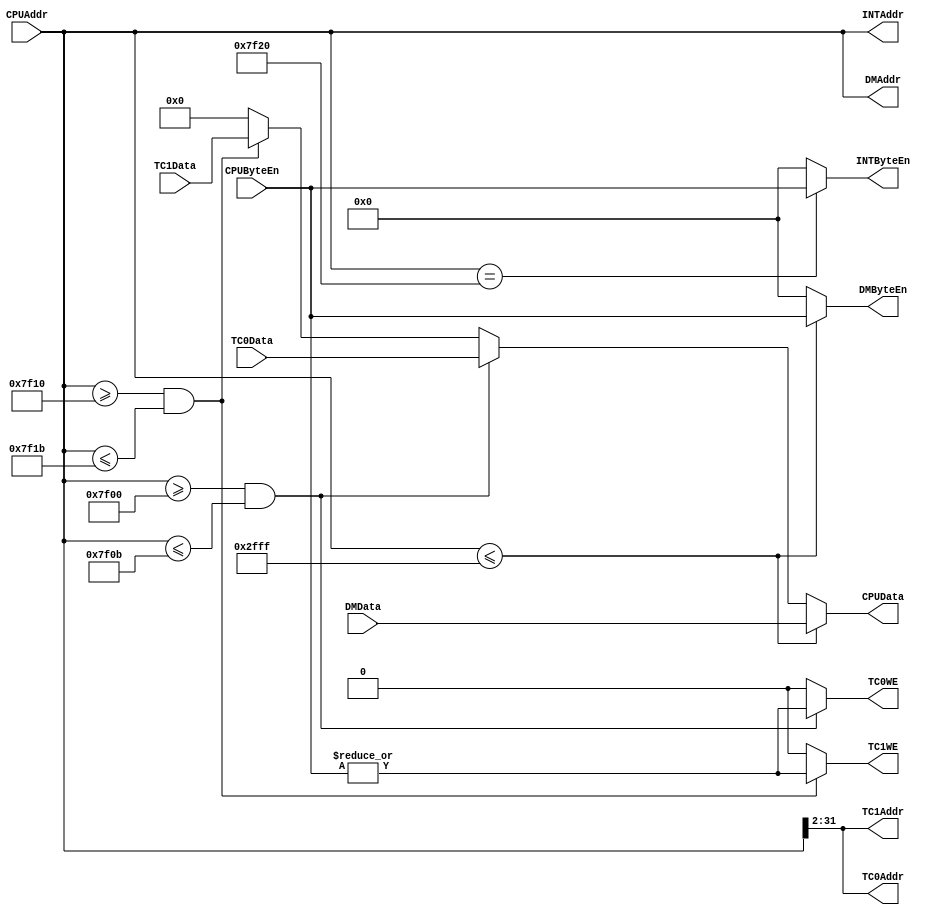
`timescale 1ns / 1ps

/*
Author: Wu Feiyang
Date: 2022/12/14
Time: 8:47
*/

module bridge(
    // CPU inputs
    input [31:0] CPUAddr,
    input [3:0] CPUByteEn,
    // DM input
    input [31:0] DMData,
    // TC inputs
    input [31:0] TC0Data,
    input [31:0] TC1Data,
    // DM outputs
    output [31:0] DMAddr,
    output [3:0] DMByteEn,
    // TC outputs
    output [31:2] TC0Addr,
    output TC0WE,
    output [31:2] TC1Addr,
    output TC1WE,
    // INT outputs
    output [31:0] INTAddr,
    output [3:0] INTByteEn,
    // CPU outputs
    output [31:0] CPUData
);
    assign DMAddr = CPUAddr;
    assign TC0Addr = CPUAddr[31:2];
    assign TC1Addr = CPUAddr[31:2];
    assign INTAddr = CPUAddr;

    assign DMByteEn = (CPUAddr <= 32'h2fff) ? CPUByteEn : 4'b0;
    assign TC0WE = (CPUAddr >= 32'h7f00 && CPUAddr <= 32'h7f0b) ? |CPUByteEn : 1'b0;
    assign TC1WE = (CPUAddr >= 32'h7f10 && CPUAddr <= 32'h7f1b) ? |CPUByteEn : 1'b0;
    assign INTByteEn = (CPUAddr == 32'h7f20) ? CPUByteEn : 4'b0;

    assign CPUData = (CPUAddr <= 32'h2fff) ? DMData : 
                    (CPUAddr >= 32'h7f00 && CPUAddr <= 32'h7f0b) ? TC0Data : 
                    (CPUAddr >= 32'h7f10 && CPUAddr <= 32'h7f1b) ? TC1Data : 
                    32'h0;

endmodule